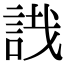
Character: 𧧟